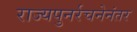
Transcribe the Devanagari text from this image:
राज्यपुनर्रचनेनंतर